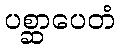
ပစ္ဆာပေတံ